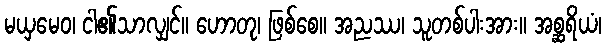
မယှမေဝ၊ ငါ၏သာလျှင်။ ဟောတု၊ ဖြစ်စေ။ အညဿ၊ သူတစ်ပါးအား။ အစ္ဆရိယံ၊